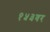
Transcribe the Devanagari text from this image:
१५३वर